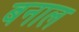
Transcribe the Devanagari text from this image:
बनाल